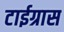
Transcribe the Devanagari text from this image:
टाईग्रास